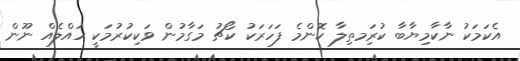
އެކަމަކު ނާކާމިޔާބާ ކުރިަމތިލާ ކޮންމެ ފަހަރަކު ކޯޗު މަގާމުން ވަކިކުރުމަކީ ހައްލެއް ނޫން